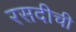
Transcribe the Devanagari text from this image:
रसदीची